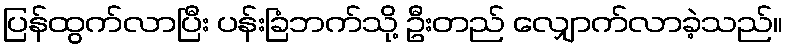
ပြန်ထွက်လာပြီး ပန်းခြံဘက်သို့ ဦးတည် လျှောက်လာခဲ့သည်။